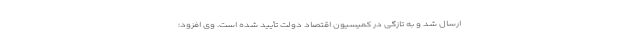
ارسال شد و به تازگی در کمیسیون اقتصاد دولت تأیید شده است. وی افزود: